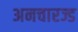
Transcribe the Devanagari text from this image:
अनचारज्ड